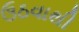
ઉઠવાથી